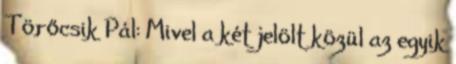
Törőcsik Pál: Mivel a két jelölt közül az egyik